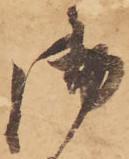
御